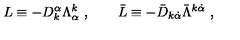
L \equiv - D _ { k } ^ { \alpha } \Lambda _ { \alpha } ^ { k } \ , \qquad \bar { L } \equiv - { \bar { D } } _ { k \dot { \alpha } } \bar { \Lambda } ^ { k \dot { \alpha } } \ ,